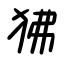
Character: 狒